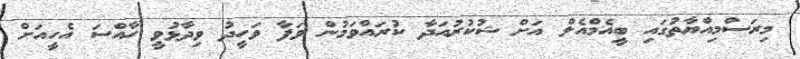
މިރަސްމިއްޔާތުގައި ބީއެމްއެލް އަށް ޝުކުރުއަދާ ކުރައްވަމުން ވަފާ ވަހީދު ވިދާޅުވީ ހާއްސަ އެހީއަށް